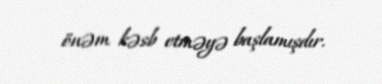
önəm kəsb etməyə başlamışdır.